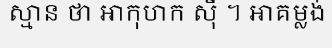
ស្មាន ថា អាកុហក ស៊ី ។ អាគម្លង់